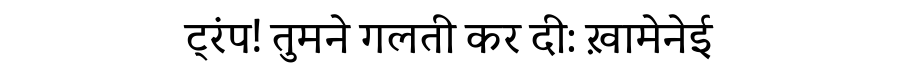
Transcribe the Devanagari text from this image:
ट्रंप! तुमने गलती कर दी: ख़ामेनेई